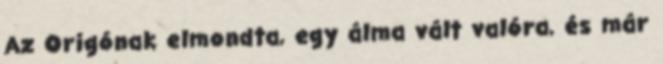
Az Origónak elmondta, egy álma vált valóra, és már